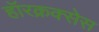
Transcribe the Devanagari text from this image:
हॉरक्रक्सेस